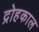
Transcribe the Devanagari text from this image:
द्रोहकाल